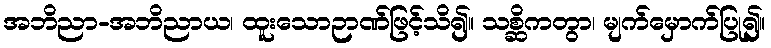
အဘိညာ-အဘိညာယ၊ ထူးသောဉာဏ်ဖြင့်သိ၍။ သစ္ဆိကတွာ၊ မျက်မှောက်ပြု၍။